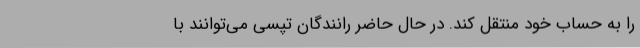
را به حساب خود منتقل کند. در حال حاضر رانندگان تپسی می‌توانند با